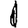
Digit: 1